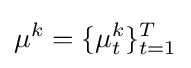
\mu ^{k}=\{\mu _{t}^{k}\}_{t=1}^{T}